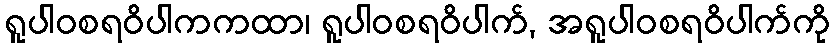
ရူပါဝစရဝိပါကကထာ၊ ရူပါဝစရဝိပါက်, အရူပါဝစရဝိပါက်ကို